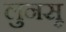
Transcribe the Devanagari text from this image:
लुनसू